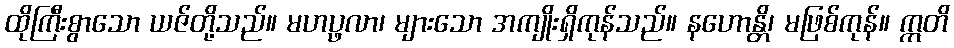
ထိုကြီးစွာသော ယဇ်တို့သည်။ မဟပ္ဖလာ၊ များသော အကျိုးရှိကုန်သည်။ နဟောန္တိ၊ မဖြစ်ကုန်။ ဣတိ